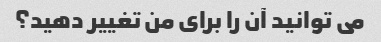
می توانید آن را برای من تغییر دهید؟